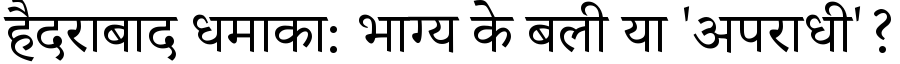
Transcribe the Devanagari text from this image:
हैदराबाद धमाका: भाग्य के बली या 'अपराधी'?